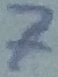
Text: 7